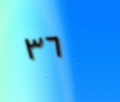
٣٦